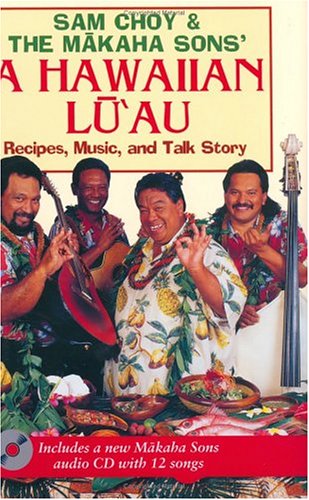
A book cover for Sam Choy & the Makaha Sons' A Hawaiian Luau; Sam Choy; Cookbooks, Food & Wine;